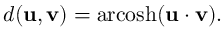
d ( \mathbf { u } , \mathbf { v } ) = \operatorname { a r c o s h } ( \mathbf { u } \cdot \mathbf { v } ) .